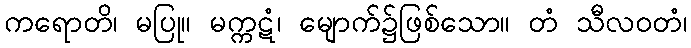
ကရောတိ၊ မပြု။ မက္ကဋံ၊ မျောက်၌ဖြစ်သော။ တံ သီလဝတံ၊